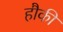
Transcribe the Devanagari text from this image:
हौकी